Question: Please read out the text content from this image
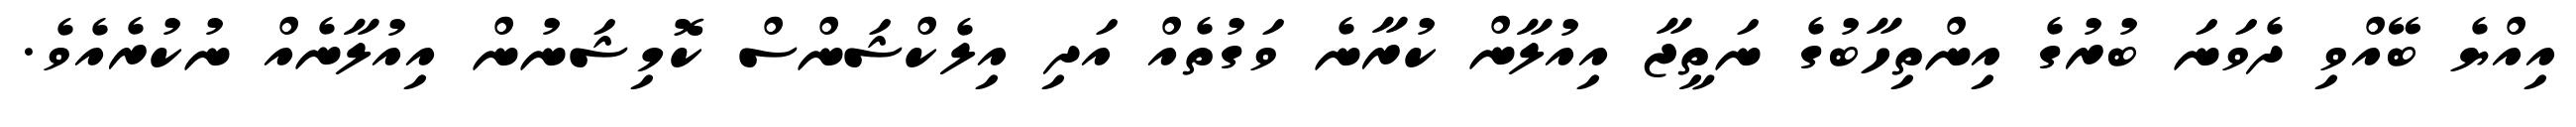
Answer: އިއްޔެ ބޭއްވި ދެވަނަ ބުރުގެ އިންތިހާބުގެ ނަތީޖާ އިއުލާން ކުރާނެ ވަގުތެއް އަދި އިލެކްޝަންސް ކޮމިޝަނުން އިއުލާނެއް ނުކުރެއެވެ.